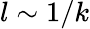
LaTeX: l\sim 1/k